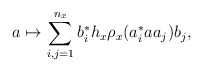
\begin{align*} a \mapsto \sum_{i,j=1}^{n_x} b_i^\ast h_x\rho_x(a_i^\ast a a_j) b_j,\end{align*}